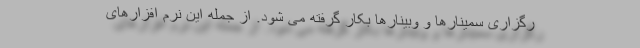
رگزاری سمینارها و وبینارها بکار گرفته می شود. از جمله این نرم افزارهای